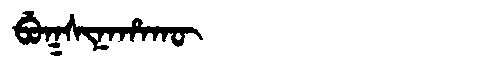
Manchu: ᠪᡠᡴᠰᡳᠨᠠᡥᠠᡴᡡ
Romanization: BUKSINAHAKŪ